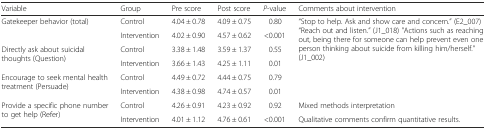
<table><thead><tr><td><b>Variable</b></td><td><b>Group</b></td><td><b>Pre score</b></td><td><b>Post score</b></td><td><b><i>P</i>-value</b></td><td><b>Comments about intervention</b></td></tr></thead><tbody><tr><td rowspan="2">Gatekeeper behavior (total)</td><td>Control</td><td>4.04 ± 0.78</td><td>4.09 ± 0.75</td><td>0.80</td><td rowspan="6">“Stop to help. Ask and show care and concern.” (E2_007) “Reach out and listen.” (J1_018) &quot;Actions such as reaching out, being there for someone can help prevent even one person thinking about suicide from killing him/herself.&quot; (J1_002)</td></tr><tr><td>Intervention</td><td>4.02 ± 0.90</td><td>4.57 ± 0.62</td><td>&lt;0.001</td></tr><tr><td rowspan="2">Directly ask about suicidal thoughts (Question)</td><td>Control</td><td>3.38 ± 1.48</td><td>3.59 ± 1.37</td><td>0.55</td></tr><tr><td>Intervention</td><td>3.66 ± 1.43</td><td>4.25 ± 1.11</td><td>0.01</td></tr><tr><td rowspan="2">Encourage to seek mental health treatment (Persuade)</td><td>Control</td><td>4.49 ± 0.72</td><td>4.44 ± 0.75</td><td>0.79</td></tr><tr><td>Intervention</td><td>4.38 ± 0.98</td><td>4.74 ± 0.57</td><td>0.01</td></tr><tr><td rowspan="2">Provide a specific phone number to get help (Refer)</td><td>Control</td><td>4.26 ± 0.91</td><td>4.23 ± 0.92</td><td>0.92</td><td>Mixed methods interpretation</td></tr><tr><td>Intervention</td><td>4.01 ± 1.12</td><td>4.76 ± 0.61</td><td>&lt;0.001</td><td>Qualitative comments confirm quantitative results.</td></tr></tbody></table>